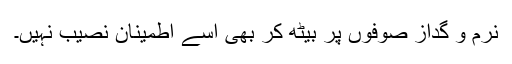
نرم و گداز صوفوں پر بیٹھ کر بھی اسے اطمینان نصیب نہیں۔